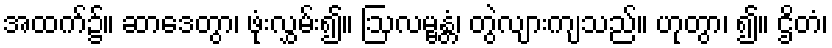
အထက်၌။ ဆာဒေတွာ၊ ဖုံးလွှမ်း၍။ ဩလမ္ဗန္တံ၊ တွဲလျားကျသည်။ ဟုတွာ၊ ၍။ ဌိတံ၊